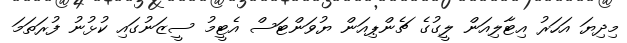
މިދިޔަ އަހަރު އިޓާލިއަން ލީގުގެ ޗެންޕިއަން ޔުވަންޓަސް އެޓީމު ސީޒަނުގައި ކުޅުނު ފުރަތަމަ